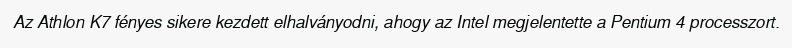
Az Athlon K7 fényes sikere kezdett elhalványodni, ahogy az Intel megjelentette a Pentium 4 processzort.